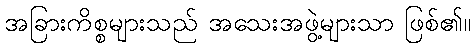
အခြားကိစ္စများသည် အသေးအဖွဲ့များသာ ဖြစ်၏။